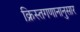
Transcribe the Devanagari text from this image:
क्रिस्तगणानानुसार